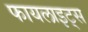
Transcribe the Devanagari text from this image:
फायलाइट्स